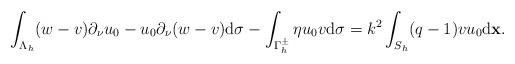
LaTeX: \begin{align*} \begin{aligned} \int_{\Lambda_{h}}(w-v)\partial_{\nu}u_{0}-u_{0}\partial_{\nu}(w-v)\mathrm{d}\sigma-\int_{\Gamma_h^{\pm}}\eta u_0v\mathrm d\sigma &=k^{2}\int_{S_{h}}(q-1)vu_{0}\mathrm{d}\mathbf x. \end{aligned} \end{align*}